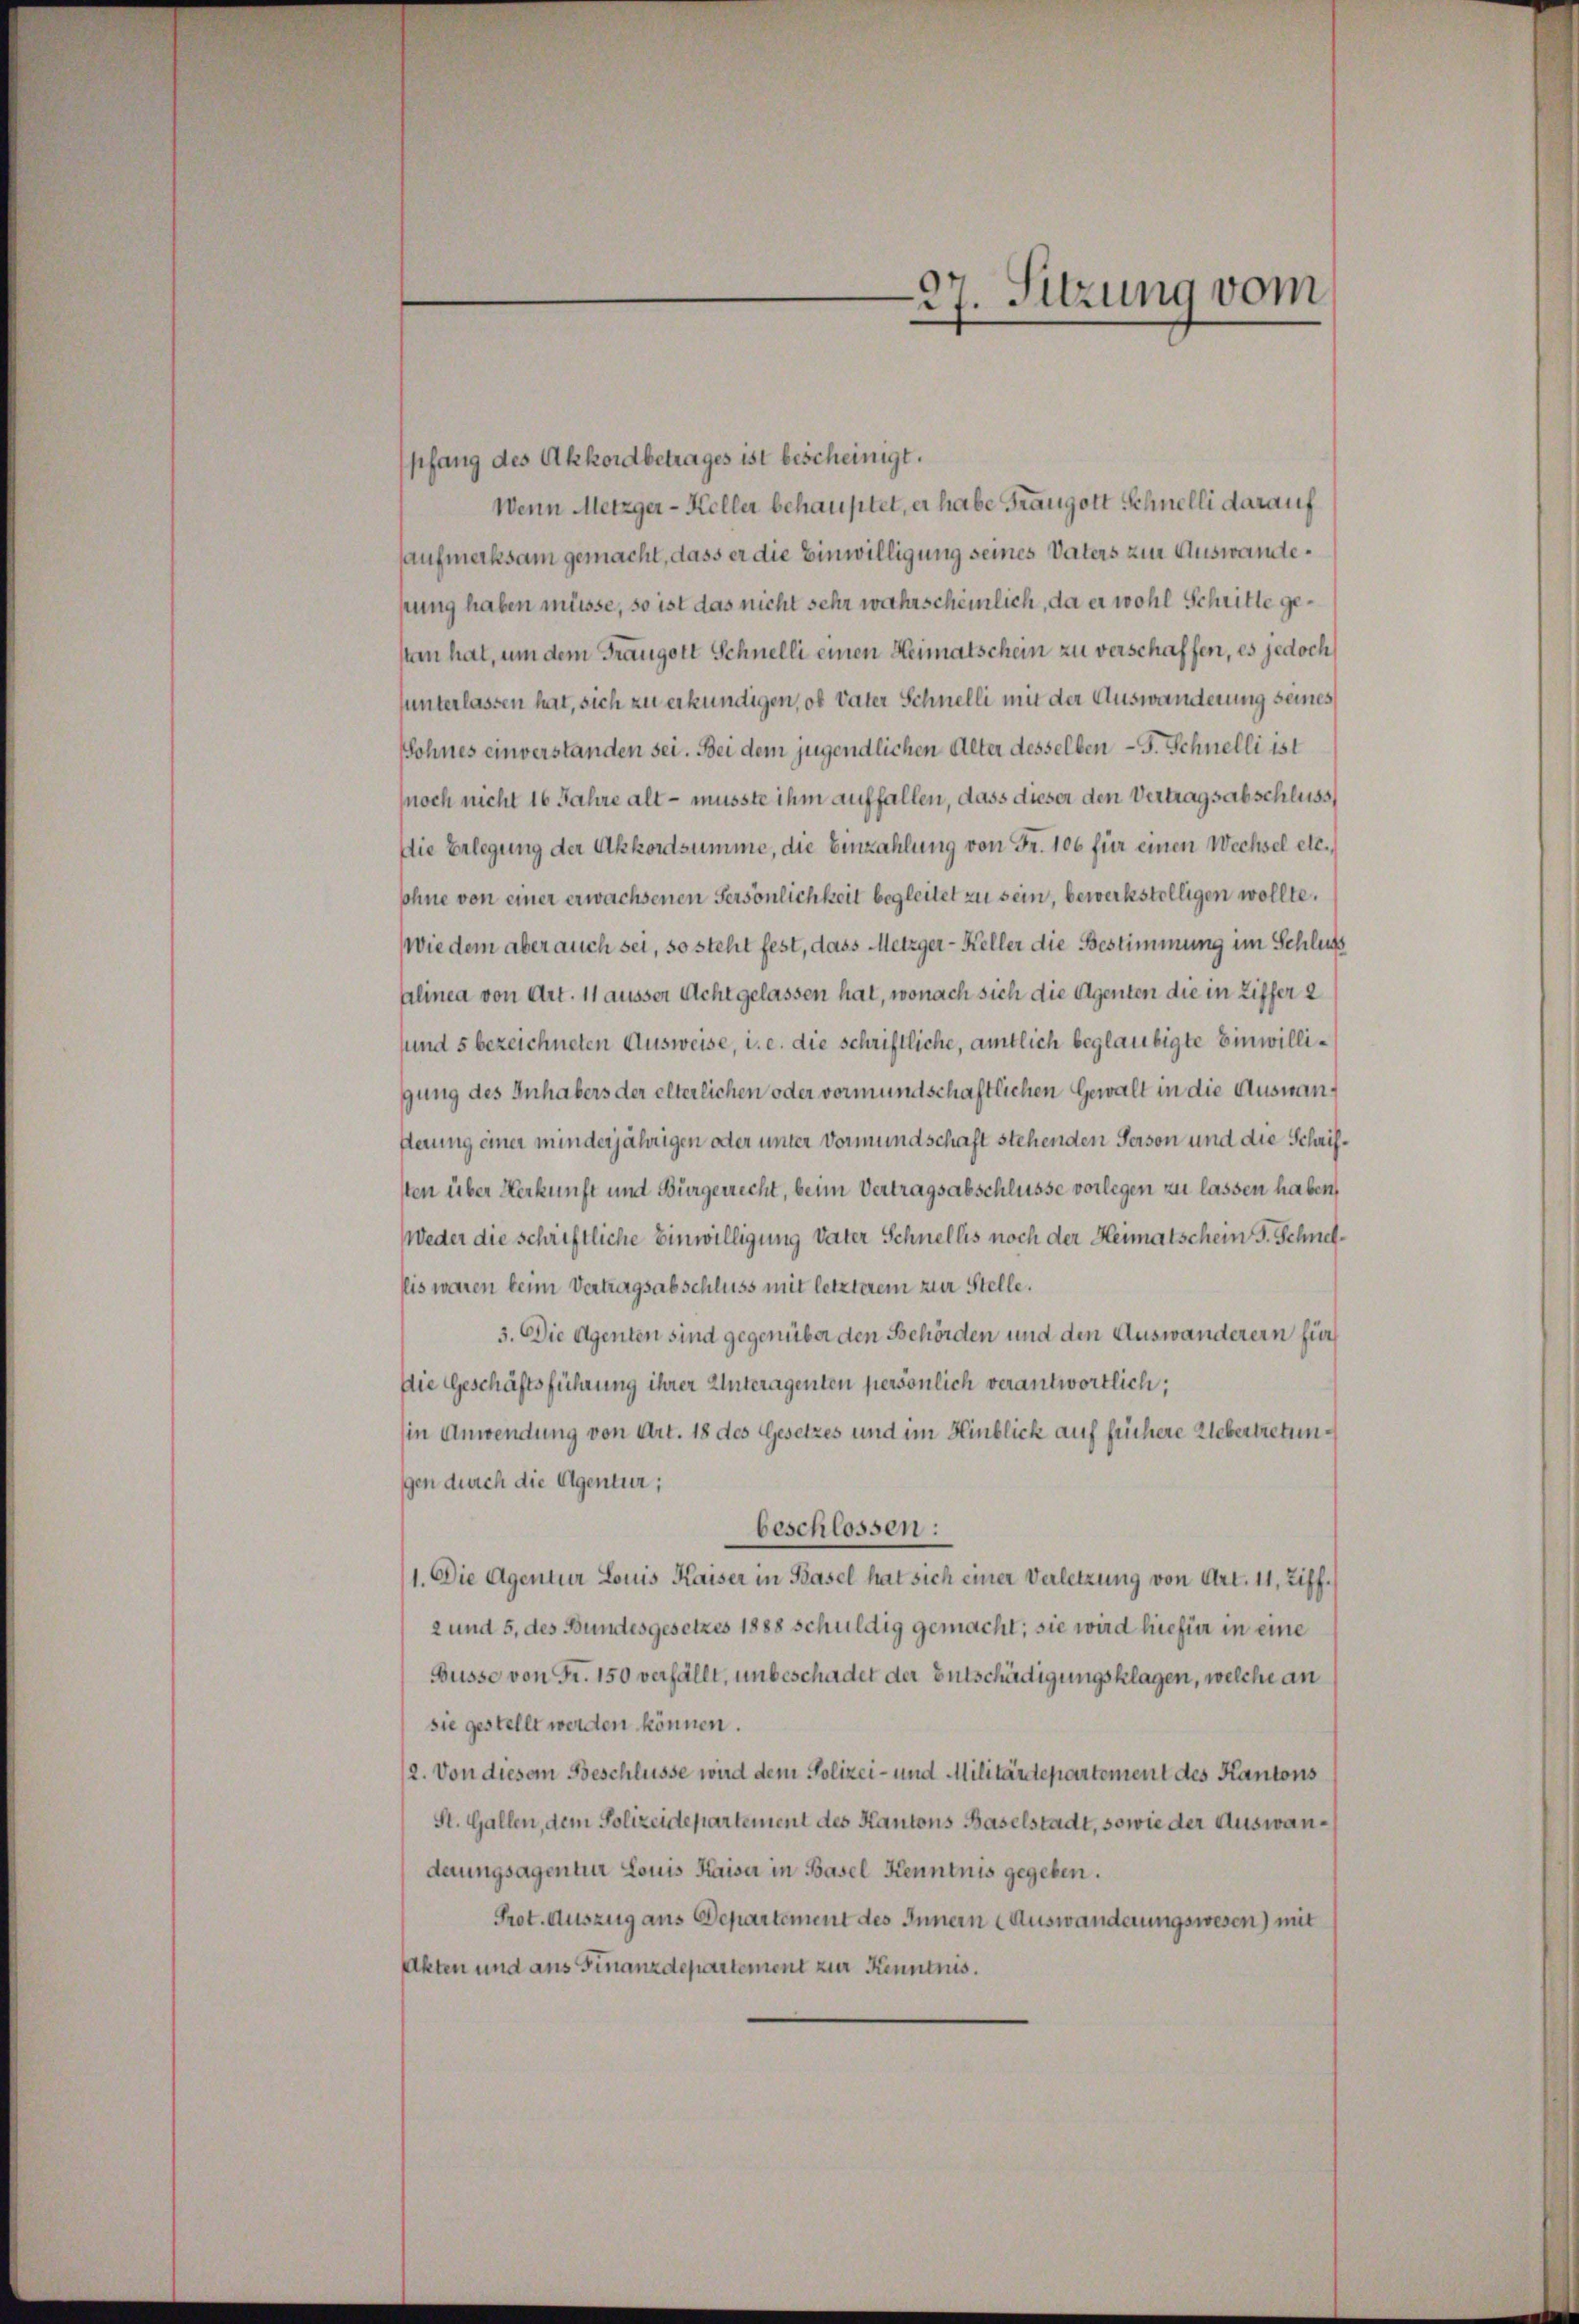
pfang des Akkordbetrages ist bescheinigt.
Wenn Metzger-Keller behauptet, er habe Frangott Schnelli darauf
aufmerksam gemacht, dass er die Einwilligung seines Vaters zur Auswandehrung haben müsse, so ist das nicht sehr wahrscheinlich, da er wohl Schritte getan hat, um dem Trangott Schnelli einen Heimatschein zu verschaffen, es jedoch
unterlassen hat, sich zu erkundigen, ob Vater Schnelli mit der Auswanderung seines
Sohnes einverstanden sei. Bei dem jugendlichen Alter desselben – F. Schnelli ist
noch nicht 16 Jahre alt - musste ihm auffallen, dass dieser den Vertragsabschluss,
Die Erlegung der Akkordsumme, die Einzahlung von Fr. 106 für einen Wechsel etc.
sohne von einer erwachsenen Persönlichkeit begleitet zu sein, bewerkstelligen wollte.
Wie dem aber auch sei, so steht fest, dass Metzger-Keller die Bestimmung im Schluß
alinea von Art. 11 ausser Acht gelassen hat, wonach sich die Agenten die in Ziffer 2
sund 5 bezeichneten Ausweise, i. e. die schriftliche, amtlich beglaubigte Einwilligung des Inhabers der elterlichen oder vormundschaftlichen Gewalt in die Ausnanderung einer minderjährigen oder unter Vormundschaft stehenden Person und die Schriften über Verkunft und Bürgerrecht, beim Vertragsabschlüsse vorlegen zu lassen haben,
Weder die schriftliche Einwilligung vater Schnellis noch der Heimatschein P. Schnetllis waren keine Vertragsabschluss mit letzterem zur Stelle.
3. Die Agenten sind gegenüber den Behörden und den Auswanderern für
Die Geschäftsführung ihrer Unteragenten persönlich verantwortlich;
(in Anwendung von Art. 18 des Gesetzes und im Hinblick auf frühere Uebertretunggen durch die Agentur;
beschlossen:
1. Die Agentur Louis Kaiser in Basel hat sich einer Verletzung von Art. 11, Ziff¬
2 und 5, des Bundesgesetzes 1888 schuldig gemacht; sie wird hiefür in eine
Busse von Fr. 150 verfällt, unbeschadet der Entschädigungsklagen, welche an
sie gestellt werden können.
2. Von diesem Beschlüsse wird dem Polizei- und Militärdepartement des Kantons
St. Gallen, dem Polizeidepartement des Kantons Baselstadt, sowie der Auswanderungsagentur Louis Kaiser in Basel Kenntnis gegeben.
Prot. Auszug aus Departement des Innern Auswanderungswesen) mit
Akten und aus Finanzdepartement zur Kenntnis.

27. Sitzung vom